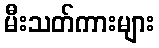
မီးသတ်ကားများ